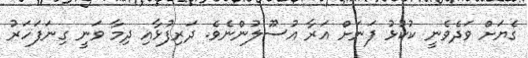
ގެޔަށް ވަދެވެނީ ކުކުޅު ފަނަށް އަރާ އުސޫލުންނެވެ. ދަރިފުޅާއި ދިމާ ވަނީ ގިނަފަހަރު